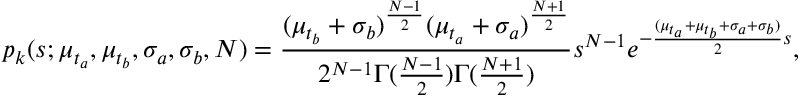
p _ { k } ( s ; \mu _ { t _ { a } } , \mu _ { t _ { b } } , \sigma _ { a } , \sigma _ { b } , N ) = \frac { ( \mu _ { t _ { b } } + \sigma _ { b } ) ^ { \frac { N - 1 } { 2 } } ( \mu _ { t _ { a } } + \sigma _ { a } ) ^ { \frac { N + 1 } { 2 } } } { 2 ^ { N - 1 } \Gamma ( \frac { N - 1 } { 2 } ) \Gamma ( \frac { N + 1 } { 2 } ) } s ^ { N - 1 } e ^ { - \frac { ( \mu _ { t _ { a } } + \mu _ { t _ { b } } + \sigma _ { a } + \sigma _ { b } ) } { 2 } s } ,